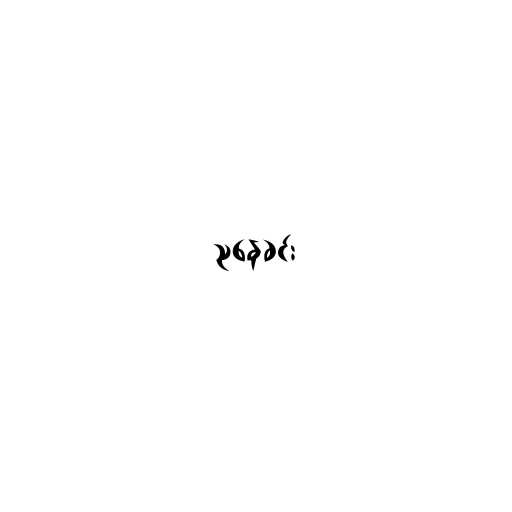
ညနေခင်း